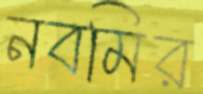
নবমির